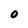
Character: O